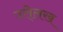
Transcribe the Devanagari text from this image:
उले्लख